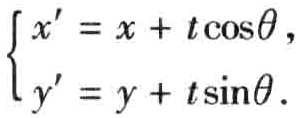
\(\begin{cases}
x' = x + t\cos\theta,\\
y' = y + t\sin\theta.
\end{cases}\)